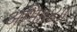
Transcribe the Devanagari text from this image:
अभि॥४॥